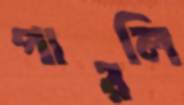
পারলি